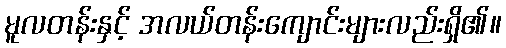
မူလတန်းနှင့် အလယ်တန်းကျောင်းများလည်းရှိ၏။